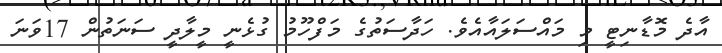
އާދެ މޮޑާނިޓީ މި މައްސަލައާއެވެ. ހަދާސަތުގެ މަފްހޫމު ގުޅެނީ މީލާދީ ސަނަތުން 17ވަނަ